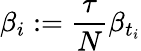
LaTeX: \beta_{i}:=\frac{\tau}{N}\beta_{t_{i}}